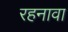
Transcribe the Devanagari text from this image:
रहनावा